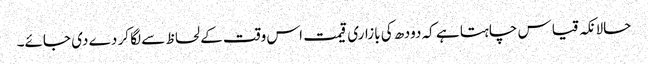
حالانکہ قیاس چاہتا ہے کہ دودھ کی بازاری قیمت اس وقت کے لحاظ سے لگا کر دے دی جائے۔